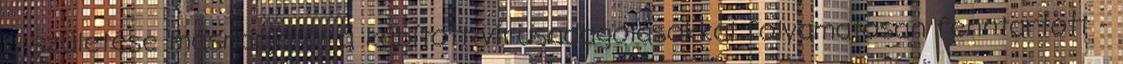
a születése másnapjától a kábított vírusadagolásokkal folyamatosan fenntartott -